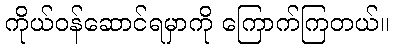
ကိုယ်ဝန်ဆောင်ရမှာကို ကြောက်ကြတယ်။